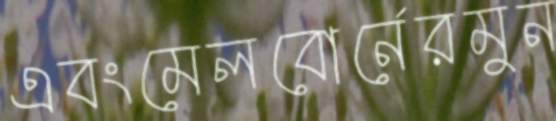
এবংমেলবোর্নেরমুন